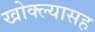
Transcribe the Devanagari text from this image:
खोक्ल्यासह